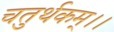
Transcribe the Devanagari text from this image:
चतुर्थकम्।।